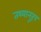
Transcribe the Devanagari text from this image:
तथ्यानुरूप